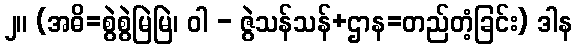
၂။ (အဓိ=စွဲစွဲမြဲမြဲ၊ ဝါ - ဇွဲသန်သန်+ဌာန=တည်တံ့ခြင်း) ဒါန